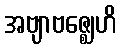
အဗျာဗဇ္ဈေဟိ